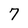
Character: 7